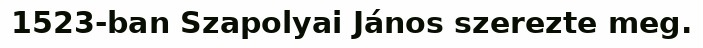
1523-ban Szapolyai János szerezte meg.